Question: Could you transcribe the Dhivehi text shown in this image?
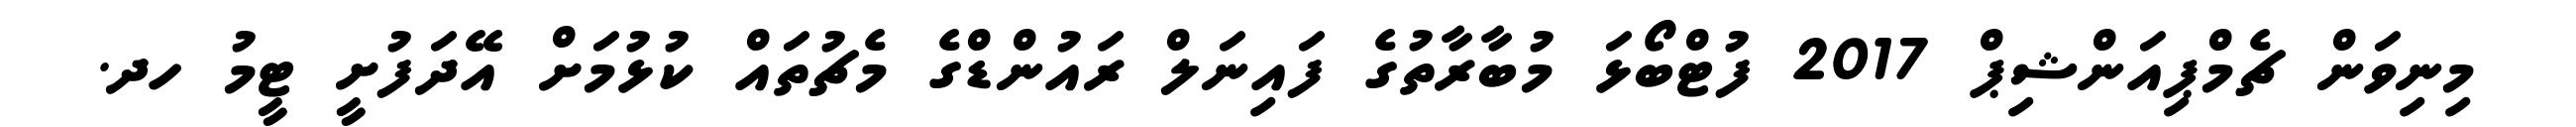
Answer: މިނިވަން ޗެމްޕިއަންޝިޕް 2017 ފުޓްބޯޅަ މުބާރާތުގެ ފައިނަލް ރައުންޑްގެ މެޗުތައް ކުޅުމަށް އޭދަފުށީ ޓީމު ހދ.